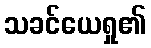
သခင်ယေရှု၏